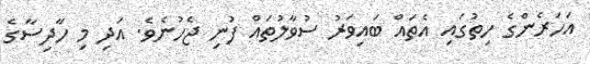
އަހަރެންގެ ހިތުގައި އެތައް ބައިވަރު ސުވާލުތައް ފުނި ޖެހުނެވެ. އަދި މި ހާދިސާގެ